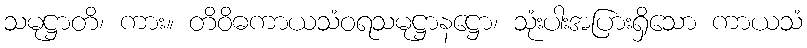
သမုဋ္ဌာတိ၊ ကား။ တိဝိဓကာယသံဝရသမုဋ္ဌာနဋ္ဌော၊ သုံးပါးအပြားရှိသော ကာယသံ